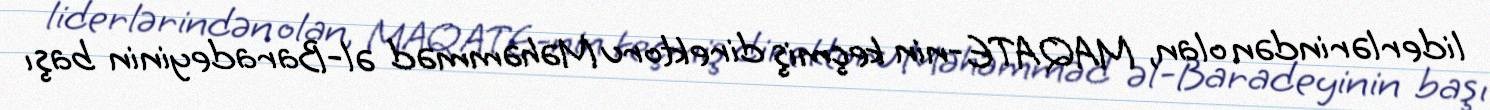
liderlərindən olan, MAQATE-nin keçmiş direktoru Məhəmməd əl-Baradeyinin başı